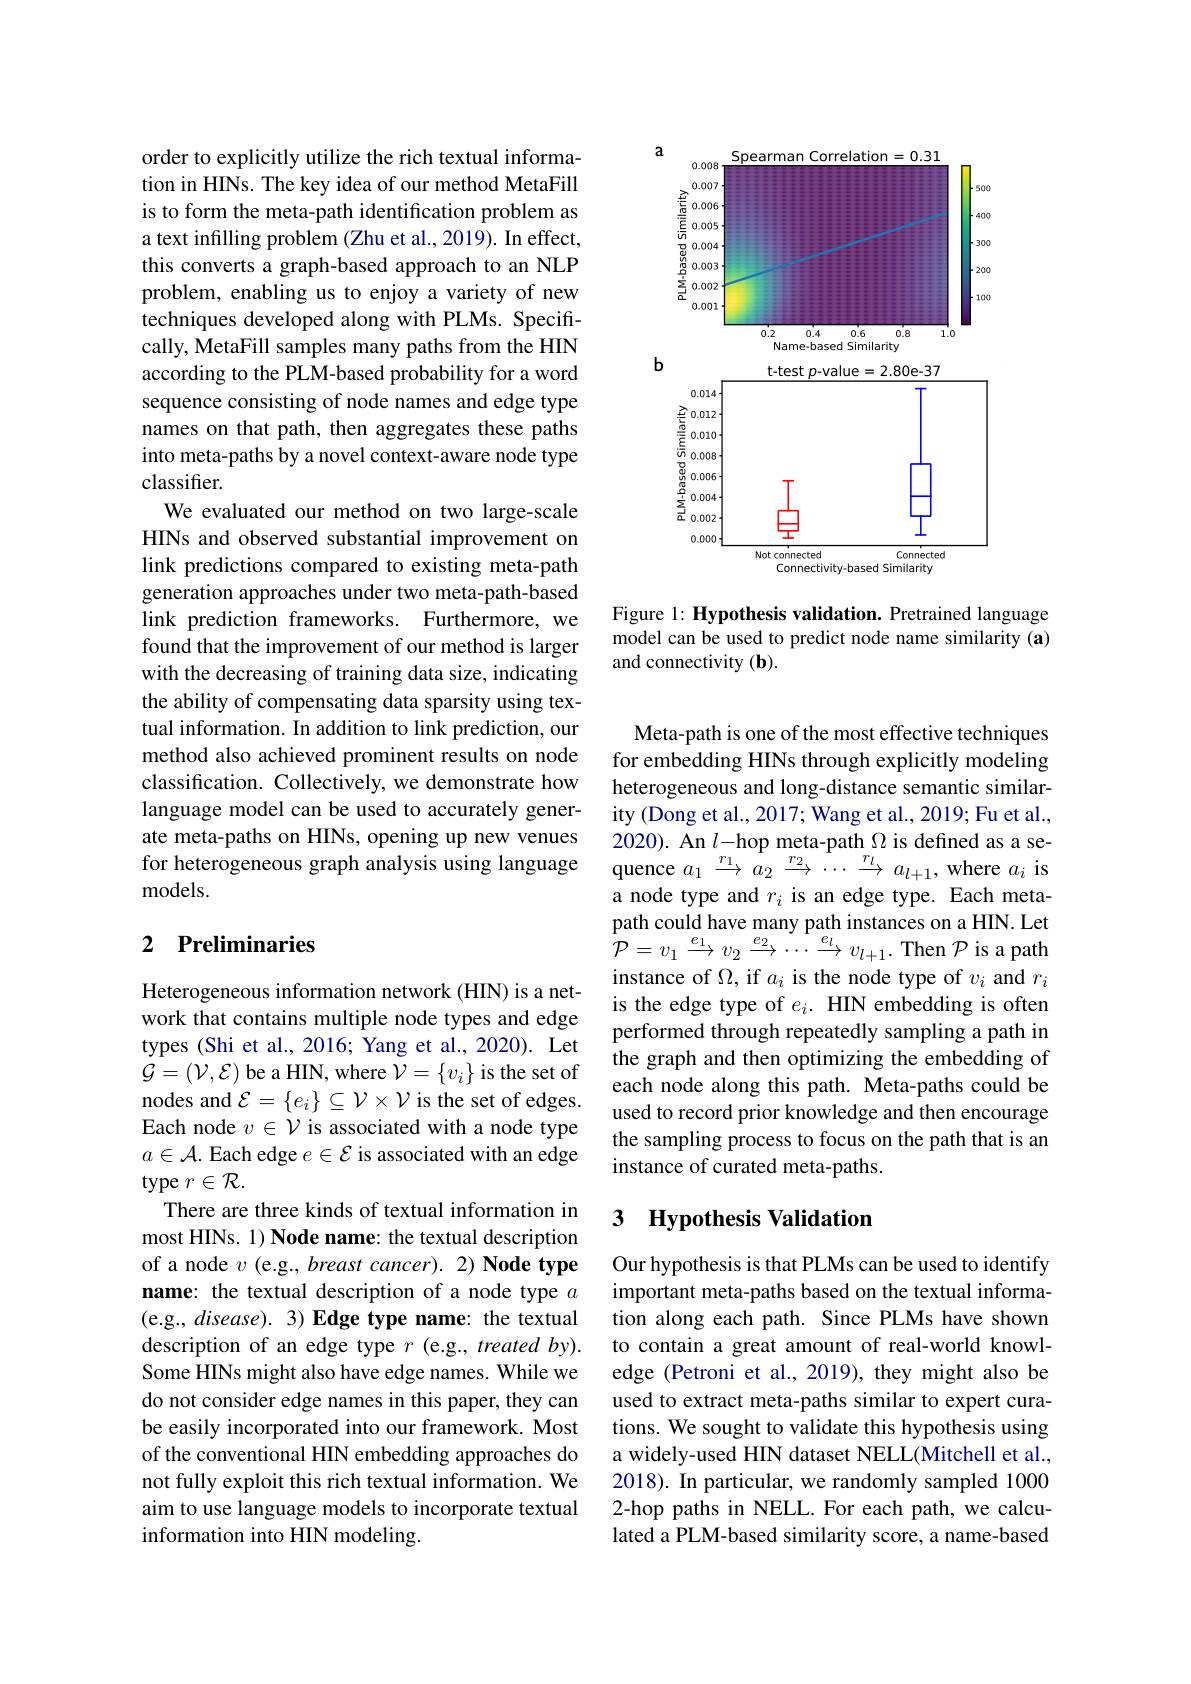
order to explicitly utilize the rich textual information in HINs. The key idea of our method MetaFill is to form the meta-path identification problem as a text infilling problem (Zhu et al., 2019). In effect, this converts a graph-based approach to an NLP problem, enabling us to enjoy a variety of new techniques developed along with PLMs. Specifically, MetaFill samples many paths from the HIN according to the PLM-based probability for a word sequence consisting of node names and edge type names on that path, then aggregates these paths into meta-paths by a novel context-aware node type classifer.
We evaluated our method on two large-scale HINs and observed substantial improvement on link predictions compared to existing meta-path generation approaches under two meta-path-based link prediction frameworks. Furthermore, we found that the improvement of our method is larger with the decreasing of training data size, indicating the ability of compensating data sparsity using textual information. In addition to link prediction, our method also achieved prominent results on node classification. Collectively, we demonstrate how language model can be used to accurately generate meta-paths on HINs, opening up new venues for heterogeneous graph analysis using language quence $a_1\xrightarrow{r_1}a_2\xrightarrow{r_2}\cdots\xrightarrow{r_l}a_{l+1}$,where $a_i$ is
models.

### 2 $\textbf{Preliminaries}$

Heterogeneous information network (HIN) is a network that contains multiple node types and edge types (Shi et al., 2016; Yang et al., 2020). Let $\mathcal{G}=(\mathcal{V},\mathcal{E})$ be a HIN, where $\mathcal{V}=\{v_i\}$ is the set of nodes and $\mathcal{E}=\{e_i\}\subseteq\mathcal{V}\times\mathcal{V}$ is the set of edges. Each node $v\in\mathcal{V}$ is associated with a node type $a\in\mathcal{A}$. Each edge $e\in\mathcal{E}$ is associated with an edge type $r\in\mathcal{R}.$
There are three kinds of textual information in most HINs. 1) Node name: the textual description of a node $v$ (e.g., breast cancer). 2) Node type name: the textual description of a node type $a$ (e.g., disease). 3) Edge type name: the textual description of an edge type $r$ (e.g., treated by). Some HINs might also have edge names. While we do not consider edge names in this paper, they can be easily incorporated into our framework. Most of the conventional HIN embedding approaches do not fully exploit this rich textual information. We aim to use language models to incorporate textual information into HIN modeling.

<FigureHere>

Figure 1: Hypothesis validation. Pretrained language model can be used to predict node name similarity (a) and connectivity (b).

Meta-path is one of the most effective techniques for embedding HINs through explicitly modeling heterogeneous and long-distance semantic similarity (Dong et al., 2017; Wang et al., 2019; Fu et al., 2020). An $l$-hop meta-path $\Omega$ is defined as a sea node type and $r_i$ is an edge type. Each metapath could have many path instances on a HIN. Let $\begin{array}{l}{{\mathcal{P}=v_{1}~\xrightarrow{e_{1}}~\to~v_{2}~\xrightarrow{e_{2}}~\cdots~\xrightarrow{e_{l}}~v_{l+1}.~\mathrm{Then~}~\mathcal{P}~\mathrm{is~a~path}}}\\{{\mathcal{P}=v_{1}~\xrightarrow{e_{1}}~\to~v_{2}~\xrightarrow{e_{2}}~\cdots~\xrightarrow{e_{l}}~v_{l+1}.~\mathrm{Then~}~\mathcal{P}~\mathrm{is~a~path}}}\end{array}$ instance of $\Omega$, if $a_i$ is the node type of $v_i$ and $r_i$ is the edge type of $e_i.$ HIN embedding is often performed through repeatedly sampling a path in the graph and then optimizing the embedding of each node along this path. Meta-paths could be used to record prior knowledge and then encourage the sampling process to focus on the path that is an instance of curated meta-paths.

### 3 $\textbf{Hypothesis Validation}$

Our hypothesis is that PLMs can be used to identify important meta-paths based on the textual information along each path. Since PLMs have shown to contain a great amount of real-world knowledge (Petroni et al., 2019), they might also be used to extract meta-paths similar to expert curations. We sought to validate this hypothesis using a widely-used HIN dataset NELL(Mitchell et al., 2018). In particular, we randomly sampled 10002-hop paths in NELL. For each path, we calculated a PLM-based similarity score, a name-based